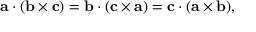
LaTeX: \mathbf { a } \cdot ( \mathbf { b } \times \mathbf { c } ) = \mathbf { b } \cdot ( \mathbf { c } \times \mathbf { a } ) = \mathbf { c } \cdot ( \mathbf { a } \times \mathbf { b } ) ,